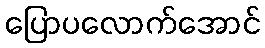
ပြောပလောက်အောင်